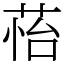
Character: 𦲀